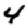
Digit: 4